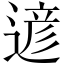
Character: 遃